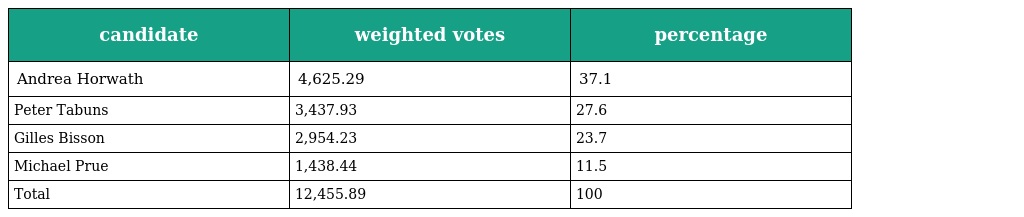
| candidate | weighted votes | percentage |
 | --- | --- | --- |
 | Andrea Horwath | 4,625.29 | 37.1 |
 | Peter Tabuns | 3,437.93 | 27.6 |
 | Gilles Bisson | 2,954.23 | 23.7 |
 | Michael Prue | 1,438.44 | 11.5 |
 | Total | 12,455.89 | 100 |